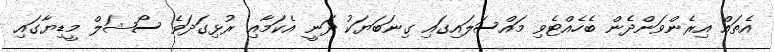
އެތައް އިރެންވަންދެން ބެހެއްޓެވި މައްސަލައިގައި ގިނަބަޔަކު ދަނީ އެކަމާއި ރުޅިގަދަވެ ސޯޝަލް މީޑިޔާގައި